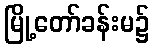
မြို့တော်ခန်းမ၌